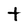
Character: t